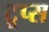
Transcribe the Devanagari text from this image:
टूप्स